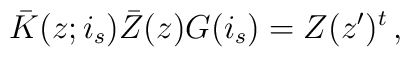
\bar{K}(z;i_{s})\bar{Z}(z)G(i_{s})=Z(z^{\prime})^{t}\,,